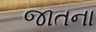
જાતના